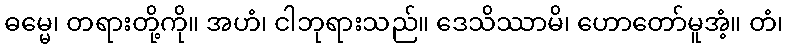
ဓမ္မေ၊ တရားတို့ကို။ အဟံ၊ ငါဘုရားသည်။ ဒေသိဿာမိ၊ ဟောတော်မူအံ့။ တံ၊